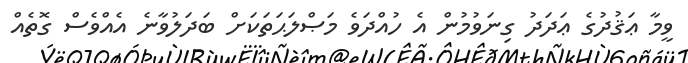
ވީމާ ޢަޤުދުގެ ޢަދަދު ގިނަވުމުން އެ ހުއްދަވެ މަޞްލަޙަތަކަށް ބަދަލުވާނެ އެއްވެސް ގޮތެއް